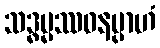
သဒ္ဓမ္မဿဝနမ္ပာဟံ